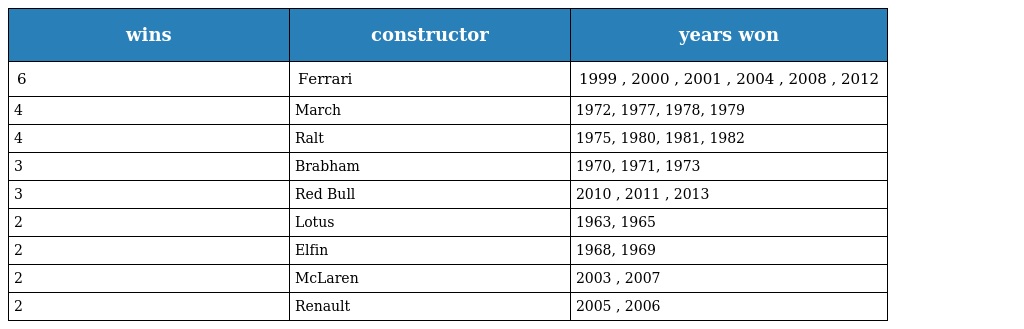
| wins | constructor | years won |
 | --- | --- | --- |
 | 6 | Ferrari | 1999 , 2000 , 2001 , 2004 , 2008 , 2012 |
 | 4 | March | 1972, 1977, 1978, 1979 |
 | 4 | Ralt | 1975, 1980, 1981, 1982 |
 | 3 | Brabham | 1970, 1971, 1973 |
 | 3 | Red Bull | 2010 , 2011 , 2013 |
 | 2 | Lotus | 1963, 1965 |
 | 2 | Elfin | 1968, 1969 |
 | 2 | McLaren | 2003 , 2007 |
 | 2 | Renault | 2005 , 2006 |